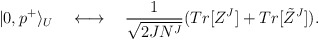
\begin{align*}|0,p^+\rangle _U \quad \longleftrightarrow \quad {1\over\sqrt{2JN^J}}(Tr[Z^J] + Tr[\tilde{Z}^J]). \end{align*}